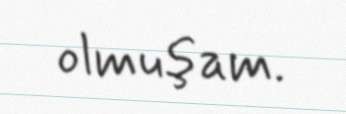
olmuşam.